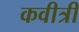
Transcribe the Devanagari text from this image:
कवीत्री